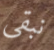
نبقي